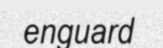
enguard